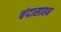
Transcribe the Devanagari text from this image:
चंदासाहब